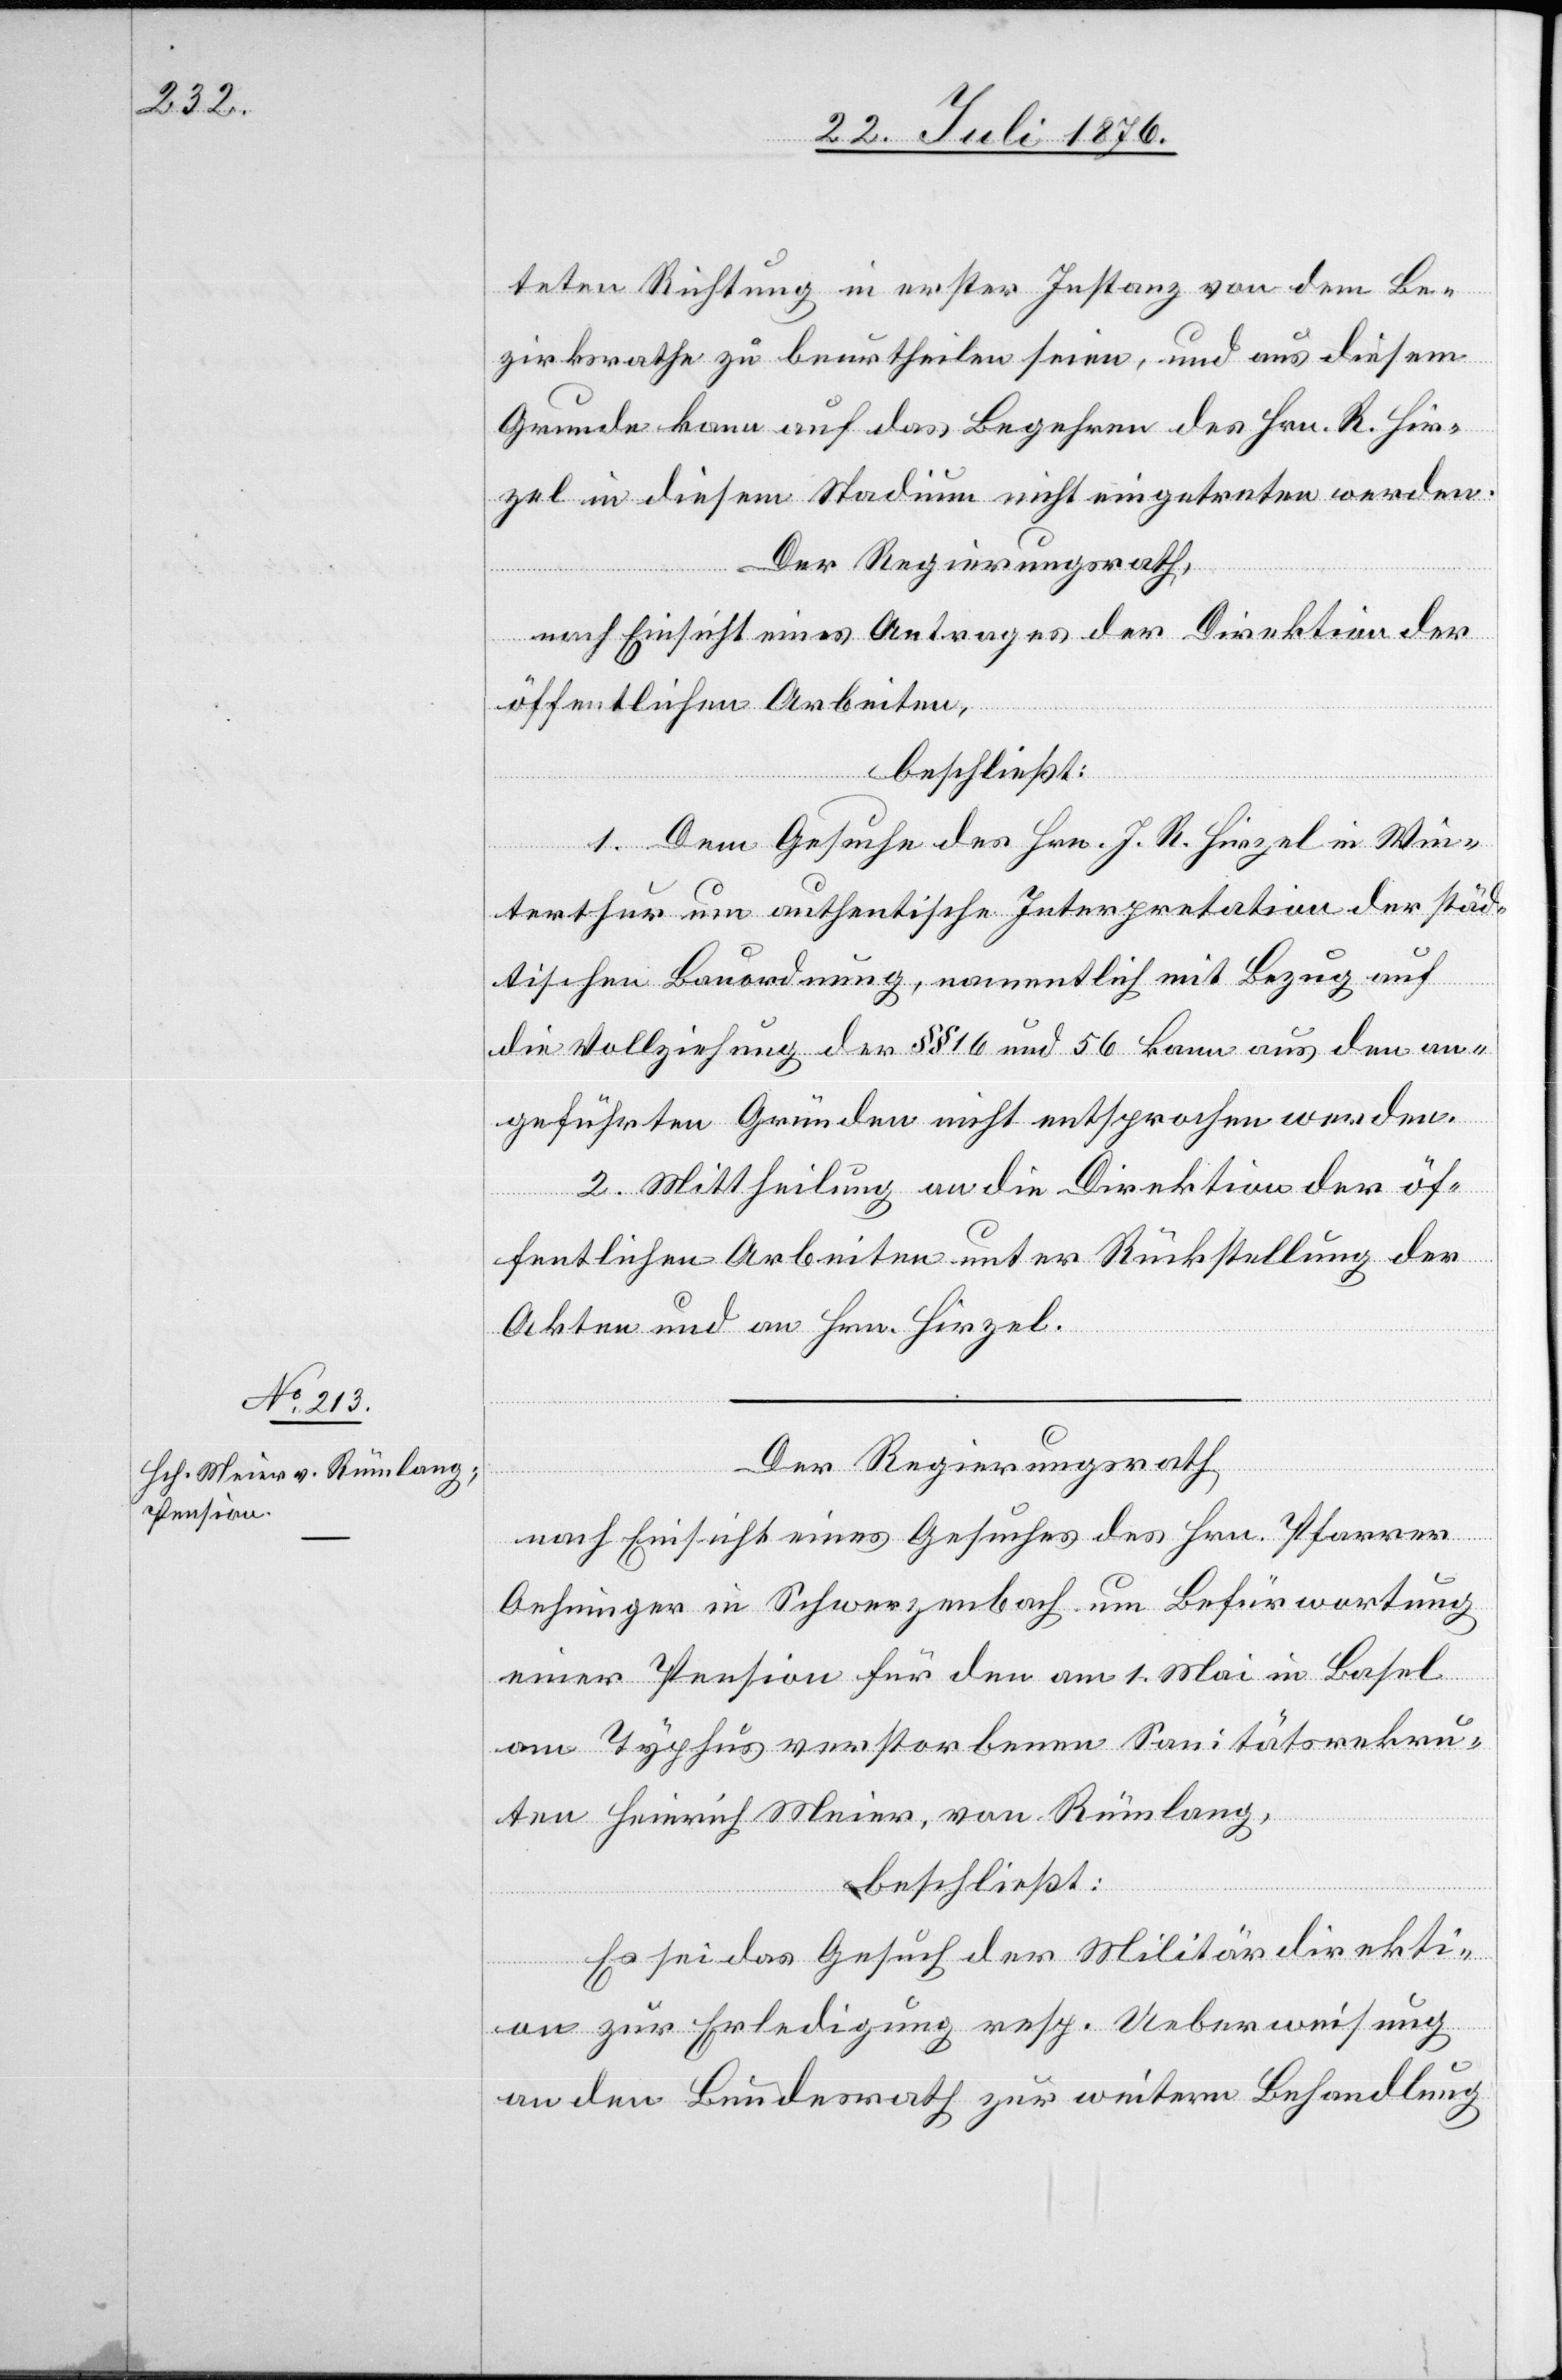
teten Richtung in erster Instanz von dem Be¬
zirksrathe zu beurtheilen seien, und aus diesem
Grunde kann auf das Begehren des Hrn. R. Hir¬
zel in diesem Stadium nicht eingetreten werden.
Der Regierungsrath,
nach Einsicht eines Antrages der Direktion der
öffentlichen Arbeiten,
beschließt:
1. Dem Gesuche des Hrn. J. R. Hirzel in Win¬
terthur um authentische Interpretation der städ¬
tischen Bauordnung, namentlich mit Bezug auf
die Vollziehung der §§ 16 und 56 kann aus den an¬
geführten Gründen nicht entsprochen werden.
2. Mittheilung an die Direktion der öf¬
fentlichen Arbeiten unter Rückstellung der
Akten und an Hrn. Hirzel.
Der Regierungsrath,
nach Einsicht eines Gesuches des Hrn. Pfarrer
Oehninger in Schwarzenbach um Befürwortung
einer Pension für den am 1. Mai in Basel
am Typhus verstorbenen Sanitätsrekru¬
ten Heinrich Meier, von Rümlang,
beschließt:
Es sei das Gesuch der Militärdirekti¬
on zur Erledigung resp. Ueberweisung
an den Bundesrath zur weitern Behandlung